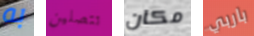
به تتصلين مكان باربي